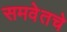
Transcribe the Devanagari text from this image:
समवेतचे